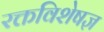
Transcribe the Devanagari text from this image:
रक्तविशेषज्ञ